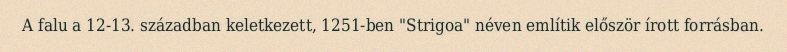
A falu a 12-13. században keletkezett, 1251-ben "Strigoa" néven említik először írott forrásban.